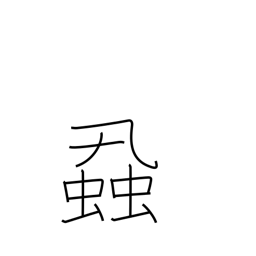
Meaning: vermin